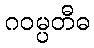
ဂဝမ္ပတီဓ